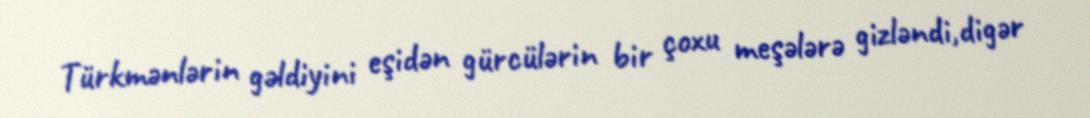
Türkmənlərin gəldiyini eşidən gürcülərin bir çoxu meşələrə gizləndi,digər